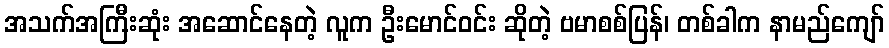
အသက်အကြီးဆုံး အဆောင်နေတဲ့ လူက ဦးမောင်ဝင်း ဆိုတဲ့ ဗမာစစ်ပြန်၊ တစ်ခါက နာမည်ကျော်